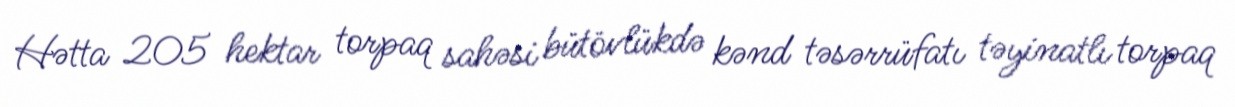
Hətta 205 hektar torpaq sahəsi bütövlükdə kənd təsərrüfatı təyinatlı torpaq